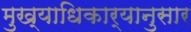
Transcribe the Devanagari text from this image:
मुख्याधिकार्‍यानुसार